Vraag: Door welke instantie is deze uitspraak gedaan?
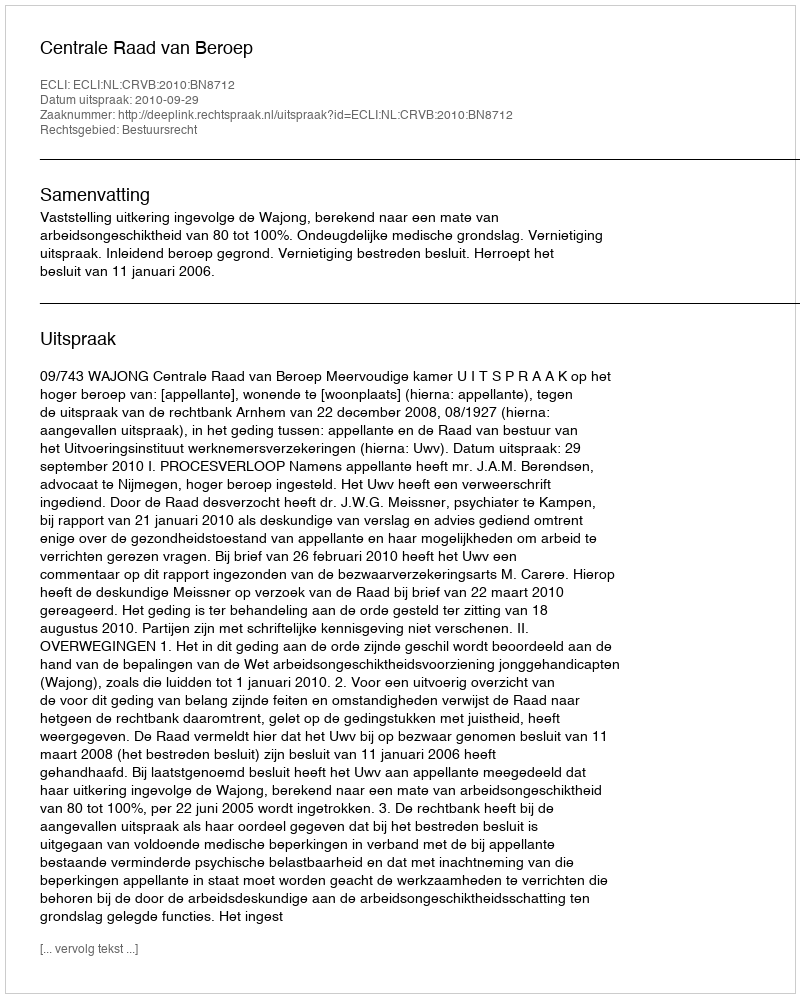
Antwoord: Centrale Raad van Beroep